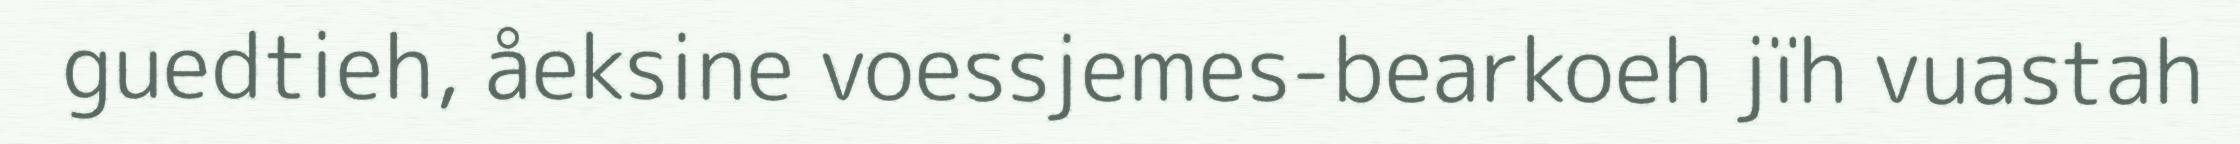
guedtieh, åeksine voessjemes-bearkoeh jïh vuastah